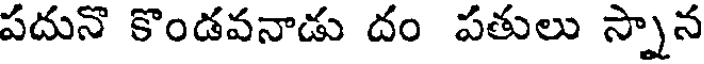
పదునొ కొండవనాడు దం పతులు స్నాన